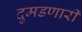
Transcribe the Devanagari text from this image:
दुमडणारी